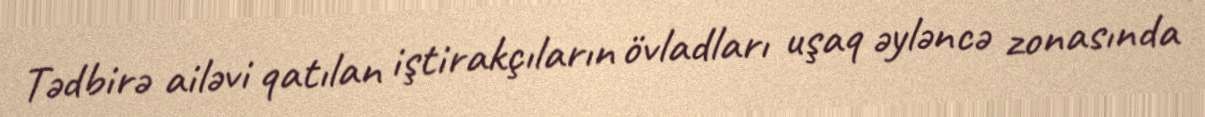
Tədbirə ailəvi qatılan iştirakçıların övladları uşaq əyləncə zonasında